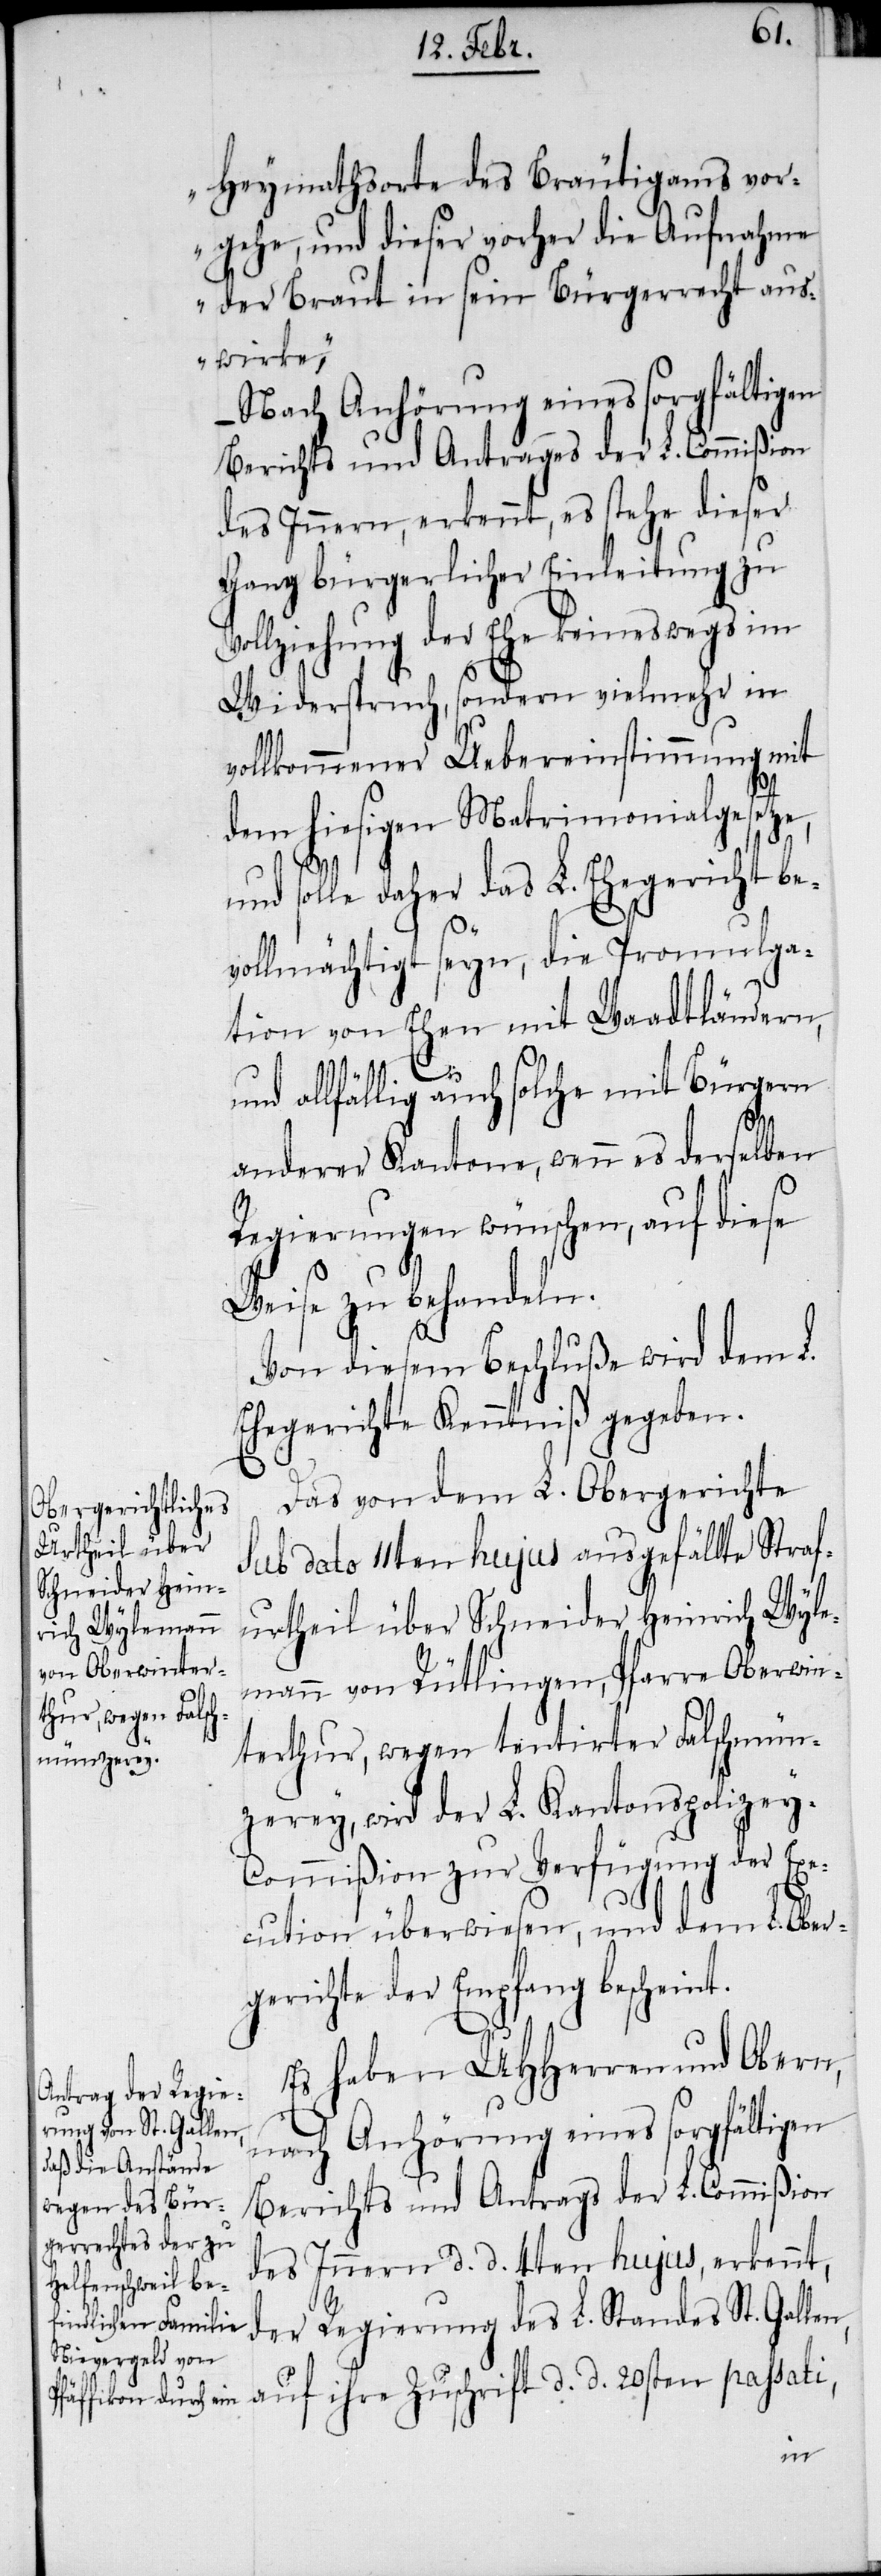
Heymathsorte des Bräutigams vor¬
gehe, und dieser vorher die Aufnahme
der Braut in sein Bürgerrecht aus¬
wirke“,
Nach Anhörung eines sorgfältigen
Berichts und Antrages der L. Commißion
des Innern, erkennt, es stehe dieser
Gang bürgerlicher Einleitung zu
ollziehung der Ehe keineswegs im
Widerspruch, sondern vielmehr in
vollkommener Uebereinstimmung mit
dem hiesigen Matrimonialgesetze,
und solle daher das L. Ehegericht be¬
vollmächtigt seyn, die Promulga¬
tion von Ehen mit Waadtländern,
V¬
und allfällig auch solche mit Bürgern
anderer Kantone, wenn es derselben
Regierungen wünschen, auf diese
Weise zu behandeln.
Von diesem Beschluße wird dem L.
Ehegerichte Kenntniß gegeben.
Das von dem L. Obergerichte
sub dato 11ten hujus ausgefällte Straf¬
urtheil über Schneider Heinrich Wyle¬
mann von Rütlingen, Pfarre Oberwin¬
terthur, wegen tentirter Falschmün¬
zerey, wird der L. Kantonspolizey-C¬
ommißion zur Verfügung der Exe¬
cution überwiesen, und dem L. Ober¬
gerichte der Empfang bescheint.
Es haben UHHerren und Obern,
nach Anhörung eines sorgfältigen
Berichts und Antrags der L. Commißion
des Innern d. d. 4ten hujus, erkennt,
der Regierung des L. Standes St. Gallen,
auf ihre Zuschrift d. d. 20sten passati,